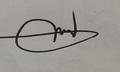
Signature authenticity: genuine